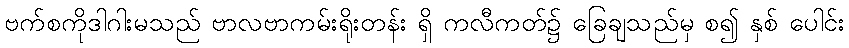
ဗက်စကိုဒါဂါးမသည် ဗာလဗာကမ်းရိုးတန်း ရှိ ကလီကတ်၌ ခြေချသည်မှ စ၍ နှစ် ပေါင်း